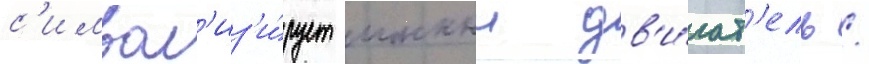
с'имвол'из'и́рует ионныи дв'и́гат'ель /